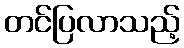
တင်ပြလာသည့်